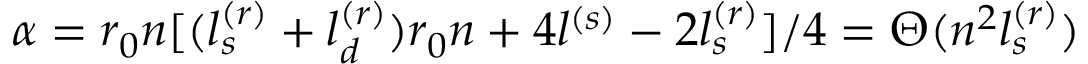
\alpha = r _ { 0 } n [ ( l _ { s } ^ { ( r ) } + l _ { d } ^ { ( r ) } ) r _ { 0 } n + 4 l ^ { ( s ) } - 2 l _ { s } ^ { ( r ) } ] / 4 = \Theta ( n ^ { 2 } l _ { s } ^ { ( r ) } )